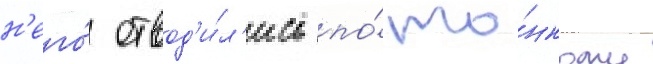
н'его́ отвод'и́л'ись по́ то́нкому